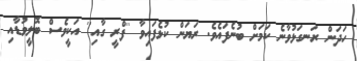
ހަދަން ރަނގަޅުވާނެ ކަމަށް ބުނެފައެވެ. ރަޔަން ކުޅެފައިވާ ''ފްރީ ގާއި'' އަކީވެސް ބޮލީވުޑާއި